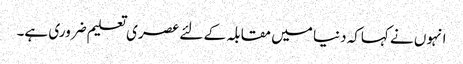
انہوں نے کہاکہ دنیا میں مقابلہ کے لئے عصری تعلیم ضروری ہے۔